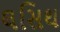
લસિથ